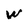
Character: W